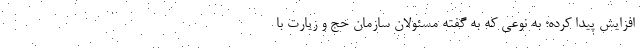
افزایش پیدا کرده؛ به نوعی که به گفته مسئولان سازمان حج و زیارت با